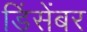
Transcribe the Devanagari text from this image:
डिंसेंबर